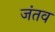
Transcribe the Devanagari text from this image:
जंतव